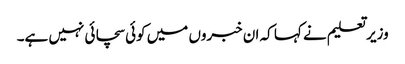
وزیر تعلیم نے کہا کہ ان خبروں میں کوئی سچائی نہیں ہے۔